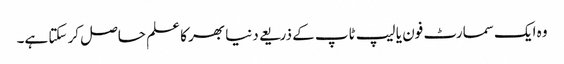
وہ ایک سمارٹ فون یا لیپ ٹاپ کے ذریعے دنیا بھر کا علم حاصل کر سکتا ہے۔